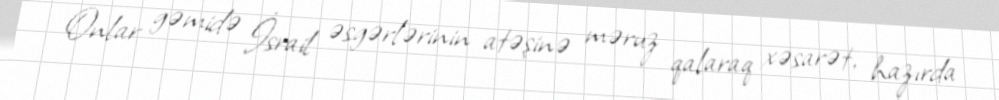
Onlar gəmidə İsrail əsgərlərinin atəşinə məruz qalaraq xəsarət, hazırda